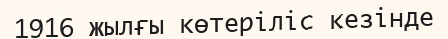
1916 жылғы көтеріліс кезінде